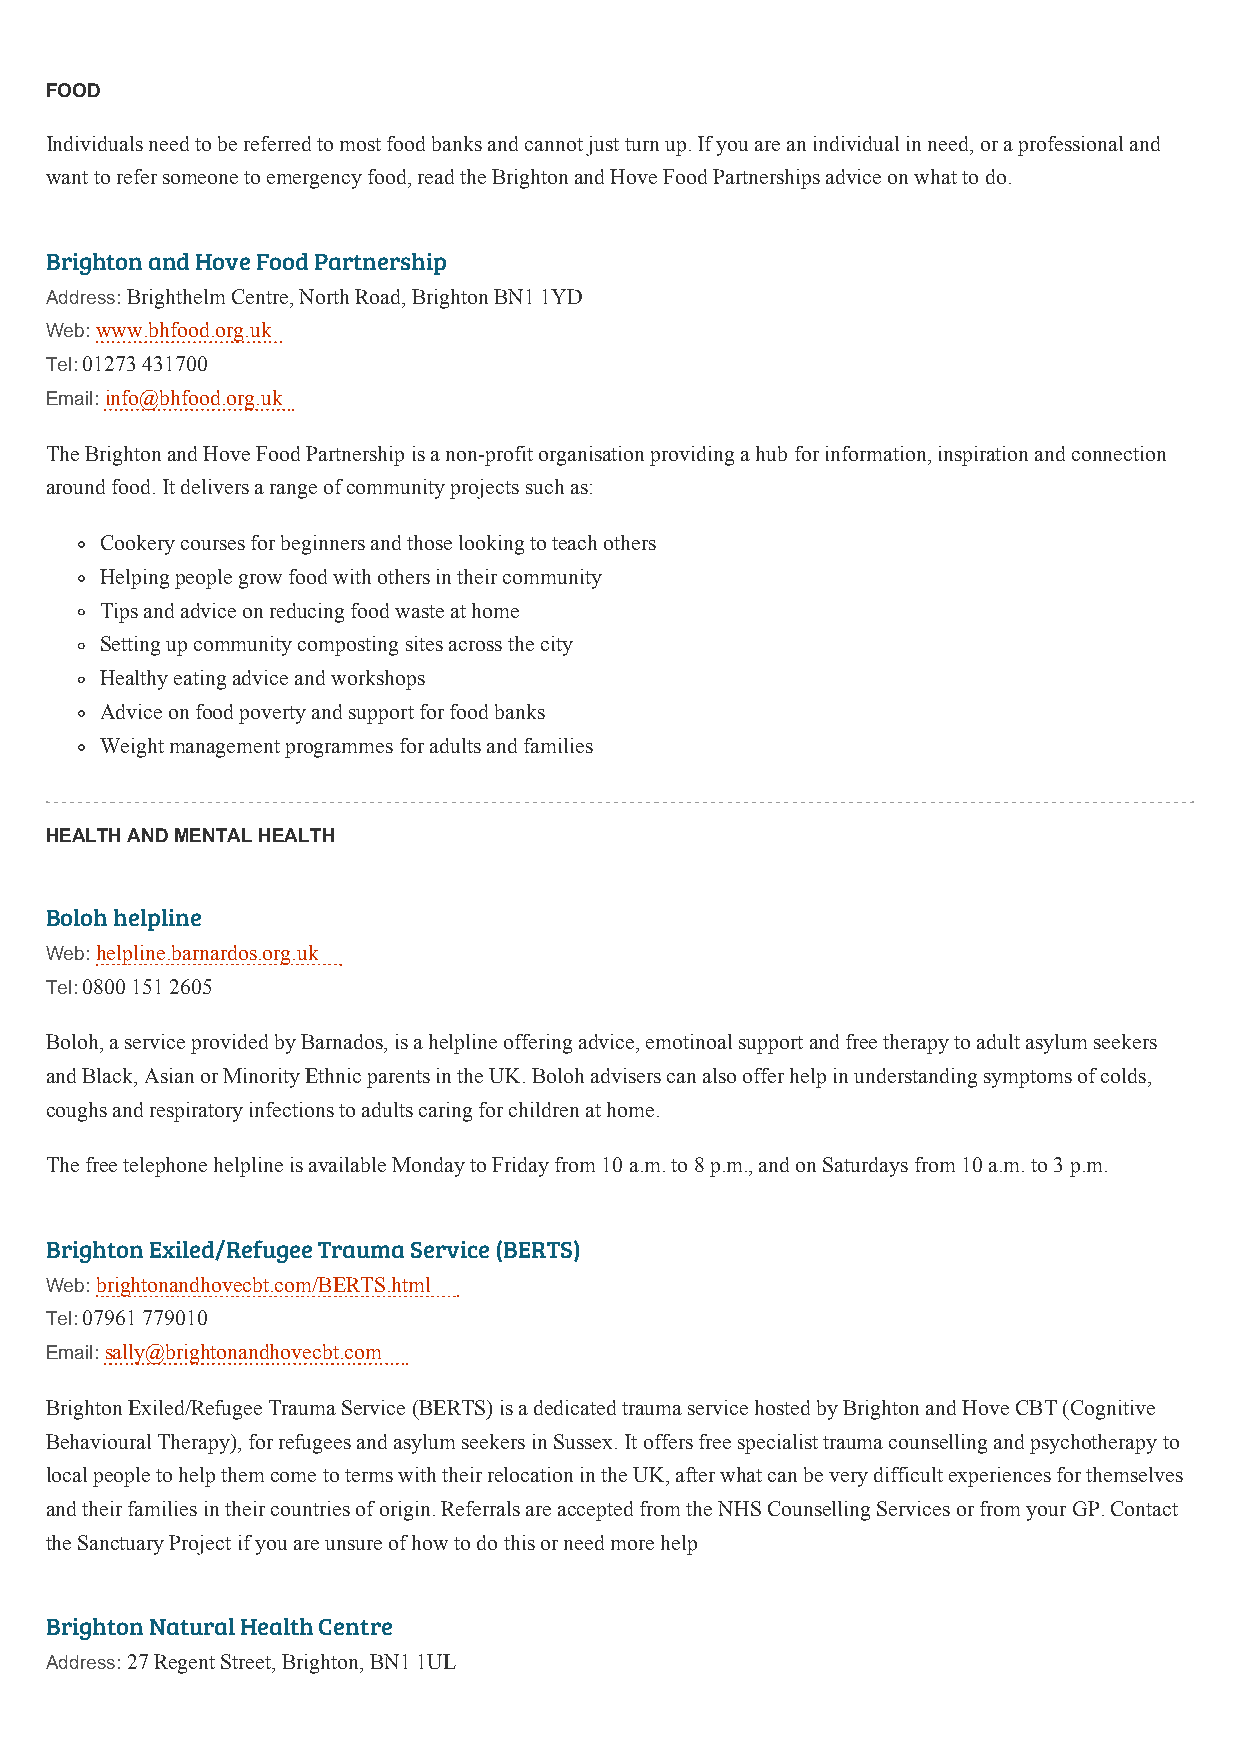
FOOD
 Individuals need to be referred to most food banks and cannot just turn up. If you are an individual in need, or a professional and
 want to refer someone to emergency food, read the Brighton and Hove Food Partnerships advice on what to do.
 Brighton and Hove Food Partnership
 Address: Brighthelm Centre, North Road, Brighton BN1 1YD
 Web: www.bhfood.org.uk
 Tel: 01273 431700
 Email: info@bhfood.org.uk
 The Brighton and Hove Food Partnership is a non-profit organisation providing a hub for information, inspiration and connection
 around food. It delivers a range of community projects such as:
 Cookery courses for beginners and those looking to teach others
 Helping people grow food with others in their community
 Tips and advice on reducing food waste at home
 Setting up community composting sites across the city
 Healthy eating advice and workshops
 Advice on food poverty and support for food banks
 Weight management programmes for adults and families
 HEALTH AND MENTAL HEALTH
 Boloh helpline
 Web: helpline.barnardos.org.uk
 Tel: 0800 151 2605
 Boloh, a service provided by Barnados, is a helpline offering advice, emotinoal support and free therapy to adult asylum seekers
 and Black, Asian or Minority Ethnic parents in the UK. Boloh advisers can also offer help in understanding symptoms of colds,
 coughs and respiratory infections to adults caring for children at home.
 The free telephone helpline is available Monday to Friday from 10 a.m. to 8 p.m., and on Saturdays from 10 a.m. to 3 p.m.
 Brighton Exiled/Refugee Trauma Service (BERTS)
 Web: brightonandhovecbt.com/BERTS.html
 Tel: 07961 779010
 Email: sally@brightonandhovecbt.com
 Brighton Exiled/Refugee Trauma Service (BERTS) is a dedicated trauma service hosted by Brighton and Hove CBT (Cognitive
 Behavioural Therapy), for refugees and asylum seekers in Sussex. It offers free specialist trauma counselling and psychotherapy to
 local people to help them come to terms with their relocation in the UK, after what can be very difficult experiences for themselves
 and their families in their countries of origin. Referrals are accepted from the NHS Counselling Services or from your GP. Contact
 the Sanctuary Project if you are unsure of how to do this or need more help
 Brighton Natural Health Centre
 Address: 27 Regent Street, Brighton, BN1 1UL